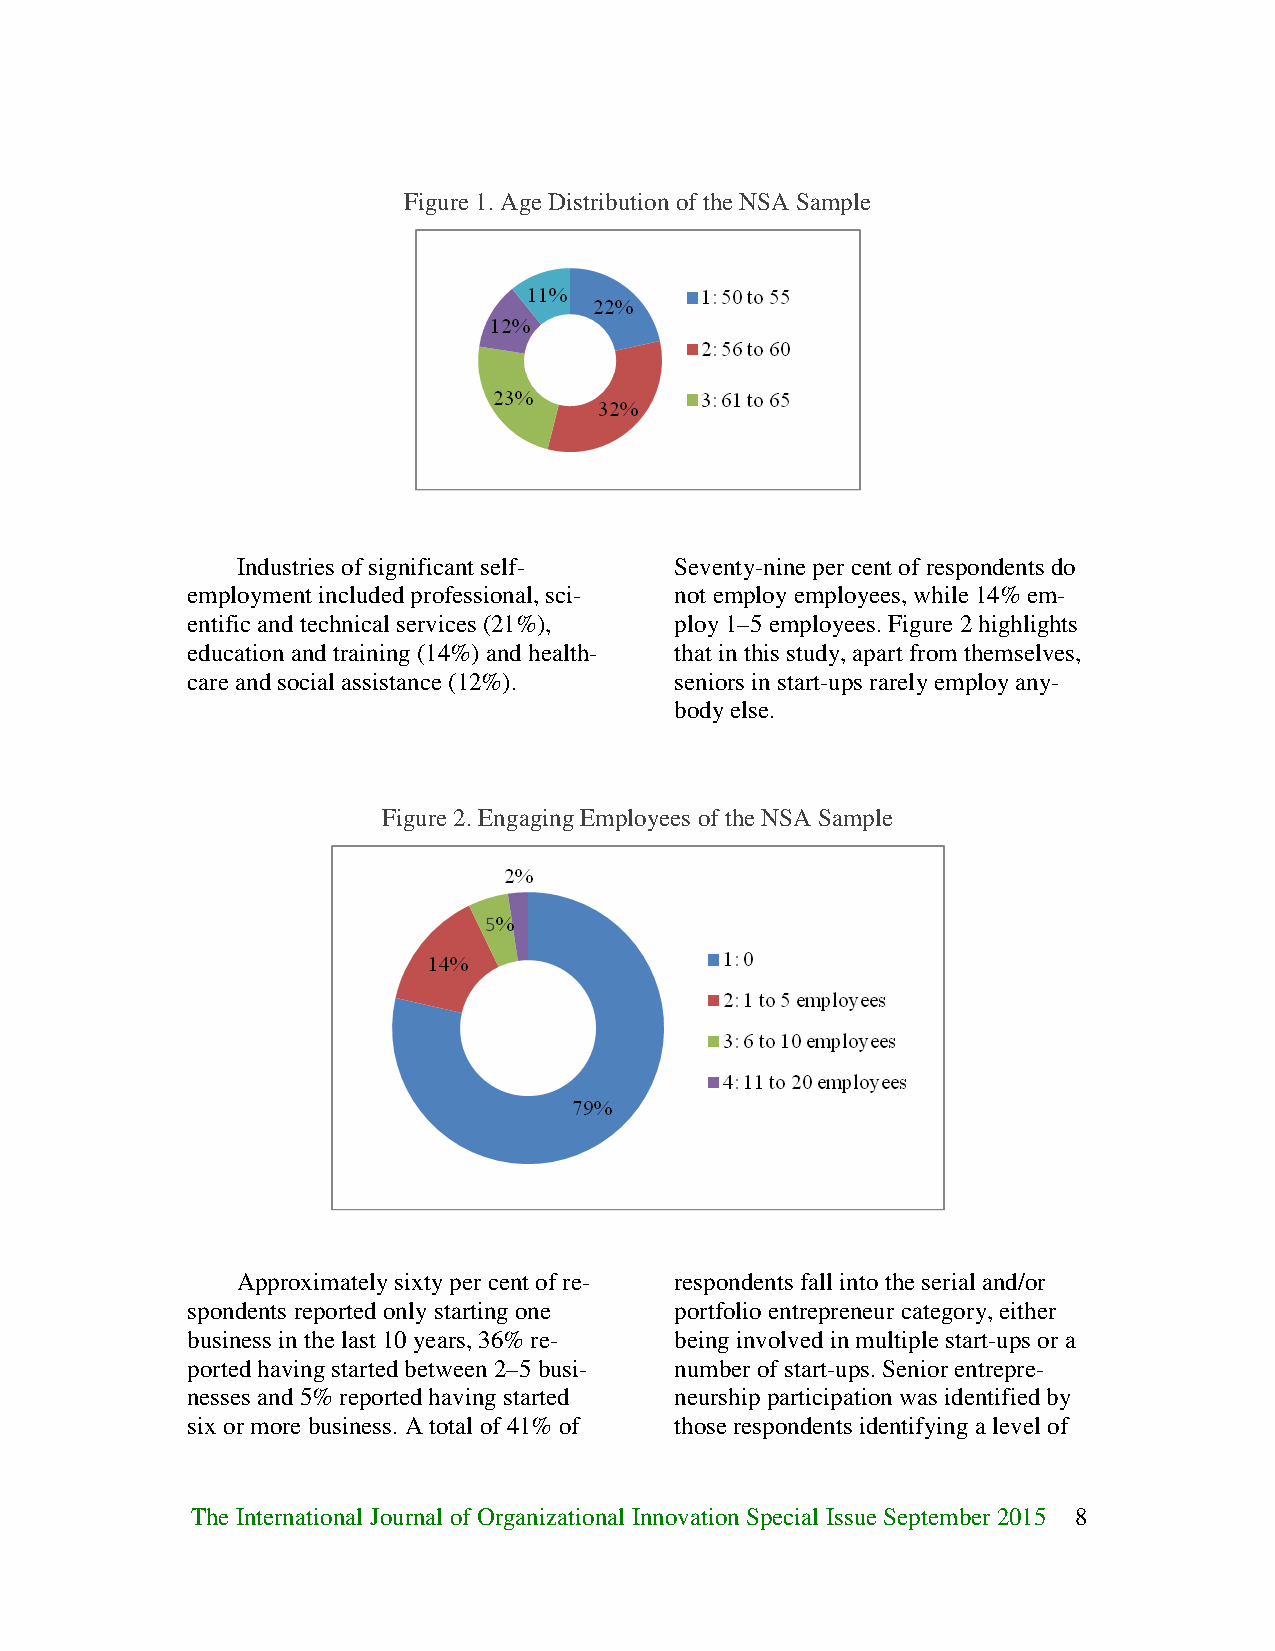
Figure 1. Age Distribution of the NSA Sample
 Industries of significant self- Seventy-nine per cent of respondents do
 employment included professional, sci- not employ employees, while 14% em-
 entific and technical services (21%), ploy 1–5 employees. Figure 2 highlights
 education and training (14%) and health- that in this study, apart from themselves,
 care and social assistance (12%). seniors in start-ups rarely employ any-
 body else.
 Figure 2. Engaging Employees of the NSA Sample
 Approximately sixty per cent of re- respondents fall into the serial and/or
 spondents reported only starting one portfolio entrepreneur category, either
 business in the last 10 years, 36% re- being involved in multiple start-ups or a
 ported having started between 2–5 busi- number of start-ups. Senior entrepre-
 nesses and 5% reported having started neurship participation was identified by
 six or more business. A total of 41% of those respondents identifying a level of
 The International Journal of Organizational Innovation Special Issue September 2015 8